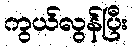
ကွယ်လွန်ပြီး